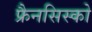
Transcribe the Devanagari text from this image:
फ्रैनसिस्को